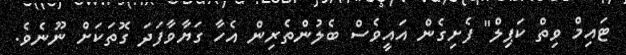
ޓައިމް ވިތް ކަޕިލް" ފެށިގެން އައީވެސް ބެލުންތެރިން އެހާ ގަޔާވާފަދަ ގޮތަކަށް ނޫނެވެ.